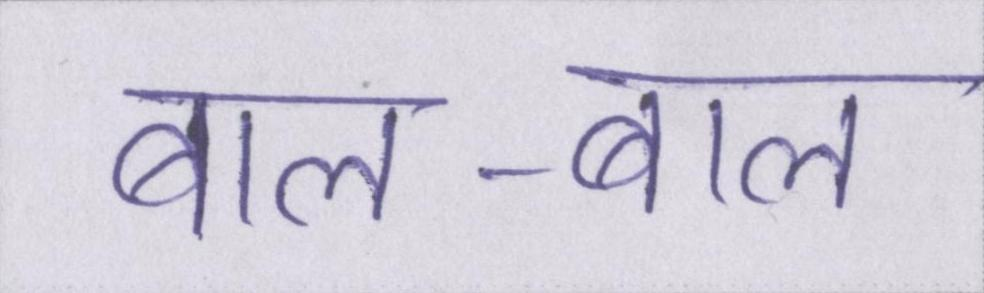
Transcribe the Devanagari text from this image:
बाल-बाल